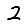
Digit: 2